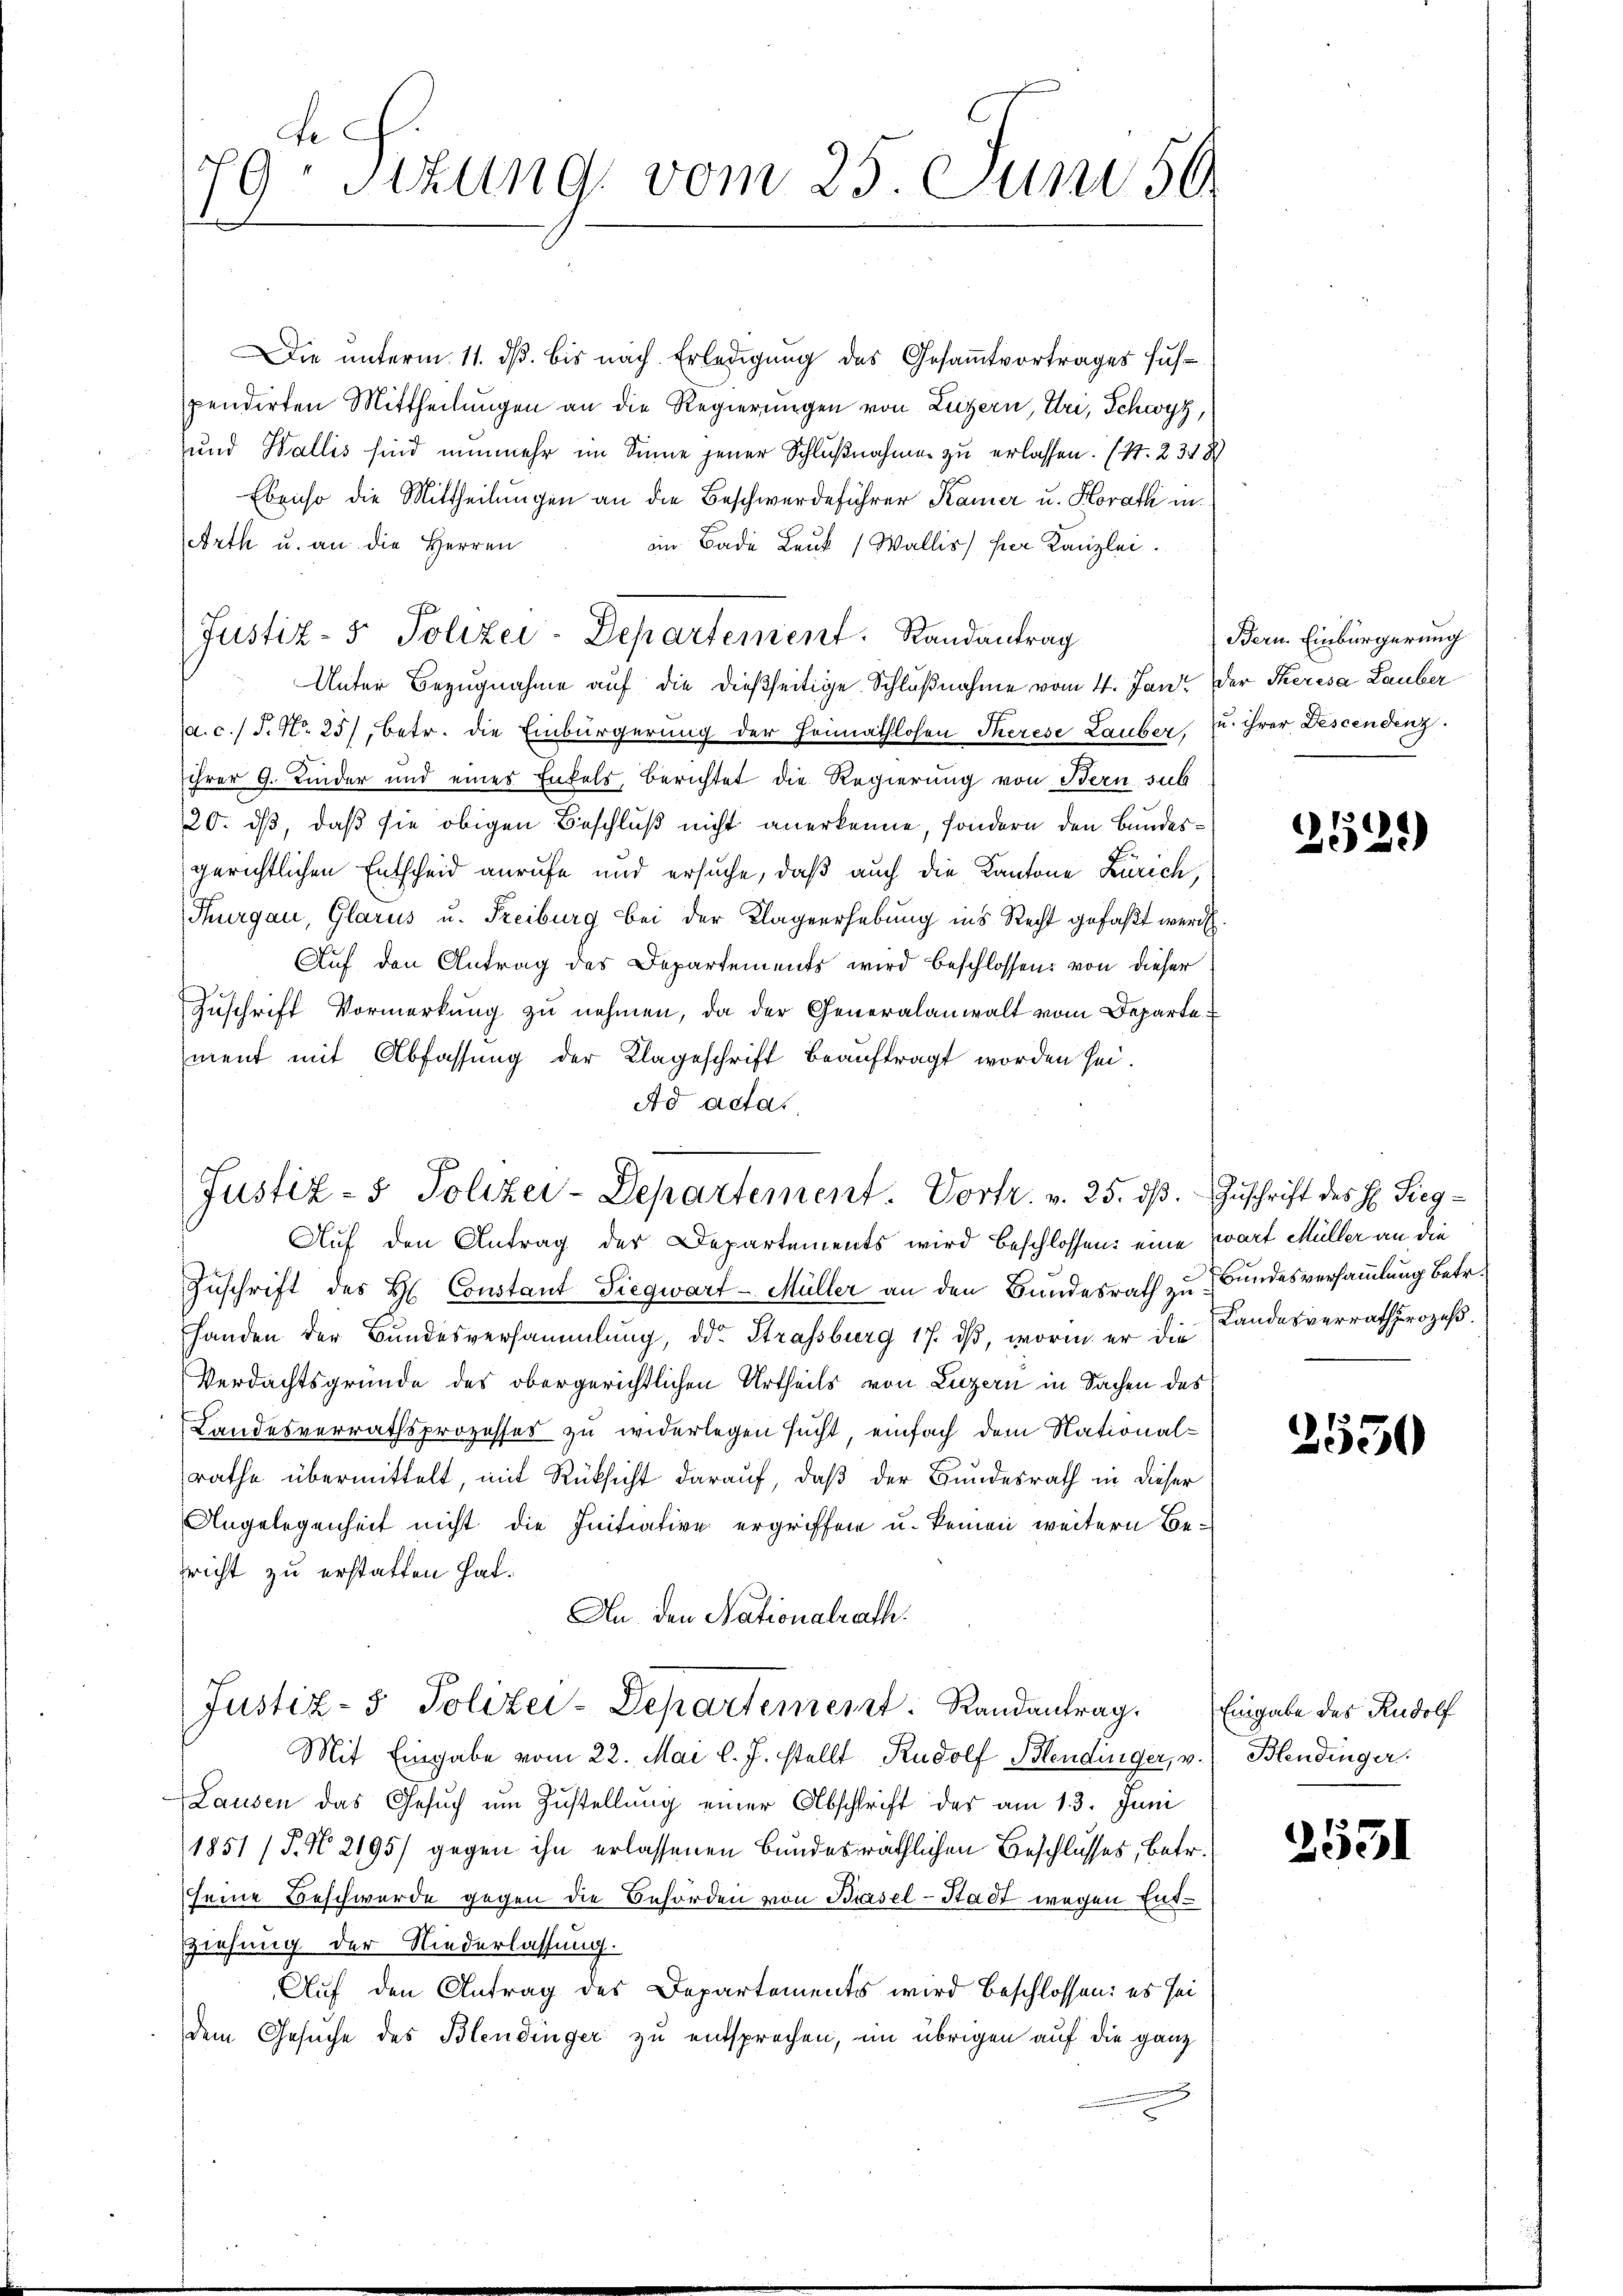
Die unterm 11. dβ. bis nach Erledigung des Gesamtvortrages sus-
pendirten Mittheilungen an die Regierungen von Luzern, Uri, Schwyz,
und Wallis sind nunmehr im Sinne jener Schlußnahmen zu erlassen. (S. 2348
Ebenso die Mittheilungen an die Beschwerdeführer Kamer u. Horath in
Arth u. an die Herren
im Bade Leuk (Wallis hier Kanzlei.
Unter Bezŭgnahme aŭf die dießseitige Schlußnahme vom 4. Jan. der Theresa Lauber
a. c. 1 S. Nr. 25), betr. die Einbürgerung der Heimathlosen Therese Lauber, u. ihrer Descendenz.
ihrer G. Kinder und eines Entels, berichtet die Regierung von Bern sub
20. ds, daß sie obigen Beschluß nicht anerkenne, sondern den Bundesgerichtlichen Entscheid anrufe und ersuche, daß auch die Kantone Zürich,
Thurgau, Glarus u. Freiburg bei der Klagerhebung ins Recht gefaßt werde.
Auf den Antrag des Departements wird beschlossen: von dieser
Zŭschrift Vormerkŭng zŭ nehmen, da der Generalanwalt vom Departe
ment mit Abfassung der Klageschrift beauftragt worden sei.
Ad acta.

Fe
19 Sitzung vom 25. Juni 50.

Justiz- & Polizei-Departement. Randantrag

Justiz- & Polizei-Departement. Vortr. v. 25. dβ. Zŭschrift des H. Sieg-

Auf den Antrag des Departements wird beschlossen: eine Zwart Müller an die
Zuschrift des H. Constant Siegwart-Müller an den Bundesrath zu Bundesversammlung betr.
handen der Bundesversammlung, der Strassburg 17. ds, worin er die Landesverrath prozeß¬
Verdachtsgründe des obergerichtlichen Urtheils von Luzern in Sachen des
Landesverrathsprozesser zu widerlegen sucht, einfach dem National-
rathe übermittelt, mit Rüksicht darauf, daß der Bundesrath in dieser
Angelegenheit nicht die Initiative ergriffen u. keinen weitern Besricht zu erstatten hat.
An den Nationalrath.
Justiz- & Polizei-Departement. Randantrag. Eingabe des Rudolf
Mit Eingabe vom 22. Mai l. J. stellt Rudolf Blendinger, v. Blendinger:
Lausen das Gesuch um Zustellung einer Abschrift der am 13. Juni
1851 (T. N. 2195) gegen ihn erlassenen Bundesräthlichen Beschlusses, betr.
seine Beschwerde gegen die Behörden von Biasel-Stadt wegen Entziehung der Niederlassung.
Auf den Antrag des Departements wird beschlossen: es sei
dem Gesuche des Blendinger zu entsprechen, im übrigen auf die ganz

Bern. Einbürgerung

252)

2550

2551